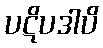
ပဋိပဒါပိ